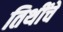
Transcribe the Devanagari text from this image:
तिथींचे